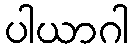
ပါယာဂါ